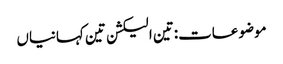
موضوعات:تین الیکشن تین کہانیاں